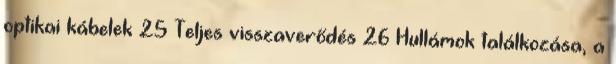
optikai kábelek 25 Teljes visszaverődés 26 Hullámok találkozása, a